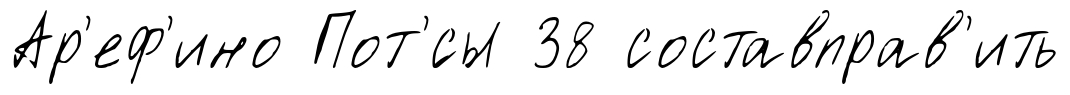
Ар'еф'ино Пот'́сы 38 составправ'ить